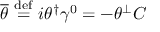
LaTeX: { \overline { { \theta } } } \ { \stackrel { \mathrm { d e f } } { = } } \ i \theta ^ { \dagger } \gamma ^ { 0 } = - \theta ^ { \perp } C